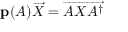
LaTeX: \mathbf { p } ( A ) { \overrightarrow { X } } = { \overrightarrow { A X A ^ { \dagger } } }